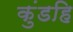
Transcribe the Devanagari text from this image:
कुंडहि